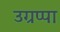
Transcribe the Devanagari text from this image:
उग्रप्पा